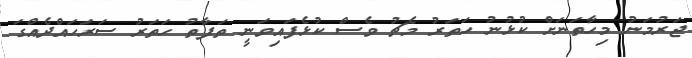
ޖަރުމަނު މިހާތަނަށް ކުޅުނު ހަތަރު މެޗު ވެސް ކުޅެފައިވަނީ ތަފާތު ހަތަރު ސަރަހައްދެއްގަ